Indian Civil Veterinary Department memoirs
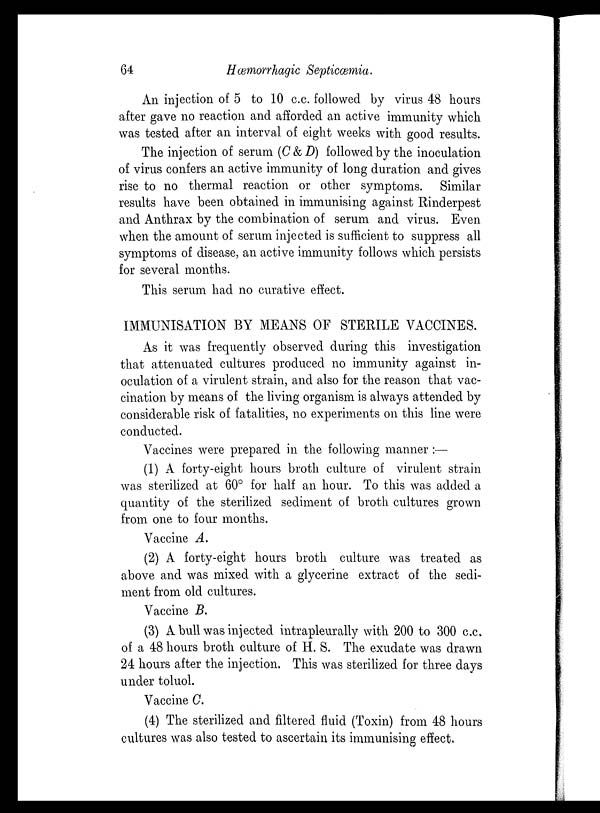
64
Hæmorrhagic Septicæmia.
An injection of 5 to 10 c.c. followed by virus 48 hours
after gave no reaction and afforded an active immunity which
was tested after an interval of eight weeks with good results.
The injection of serum (C & D) followed by the inoculation
of virus confers an active immunity of long duration and gives
rise to no thermal reaction or other symptoms. Similar
results have been obtained in immunising against Rinderpest
and Anthrax by the combination of serum and virus. Even
when the amount of serum injected is sufficient to suppress all
symptoms of disease, an active immunity follows which persists
for several months.
This serum had no curative effect.
IMMUNISATION BY MEANS OF STERILE VACCINES.
As it was frequently observed during this investigation
that attenuated cultures produced no immunity against in-
oculation of a virulent strain, and also for the reason that vac-
cination by means of the living organism is always attended by
considerable risk of fatalities, no experiments on this line were
conducted.
Vaccines were prepared in the following manner :—
(1) A forty-eight hours broth culture of virulent strain
was sterilized at 60° for half an hour. To this was added a
quantity of the sterilized sediment of broth cultures grown
from one to four months.
Vaccine A.
(2) A forty-eight hours broth culture was treated as
above and was mixed with a glycerine extract of the sedi-
ment from old cultures.
Vaccine B.
(3) A bull was injected intrapleurally with 200 to 300 c.c.
of a 48 hours broth culture of H. S. The exudate was drawn
24 hours after the injection. This was sterilized for three days
under toluol.
Vaccine C.
(4) The sterilized and filtered fluid (Toxin) from 48 hours
cultures was also tested to ascertain its immunising effect.